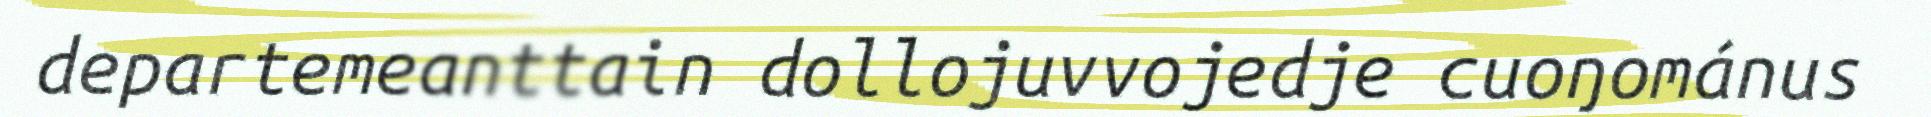
departemeanttain dollojuvvojedje cuoŋománus